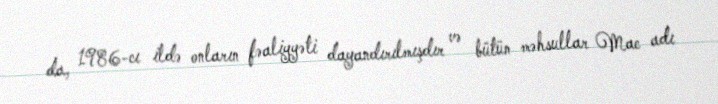
da, 1986-cı ildə onların fəaliyyəti dayandırılmışdır və bütün məhsullar Mac adı